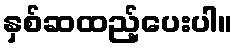
နှစ်ဆထည့်ပေးပါ။